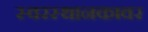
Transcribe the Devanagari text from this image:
स्वरस्थानकावर